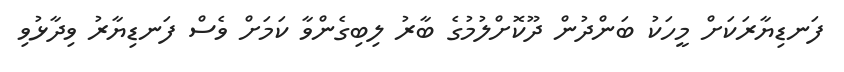
ފަނޑިޔާރަކަށް މީހަކު ބަންދުން ދޫކޮށްލުމުގެ ބާރު ލިބިގެންވާ ކަމަށް ވެސް ފަނޑިޔާރު ވިދާޅުވި